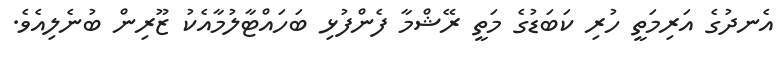
އެނދުގެ އަރިމަތީ ހުރި ކަބަޑުގެ މަތީ ރޭޝްމާ ފެންފުޅި ބަހައްޓާލުމާއެކު ޒޫރިން ބުނެލިއެވެ.